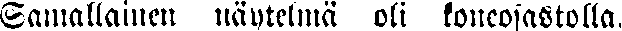
Saniallainen näytelmä oli koneosastolla.